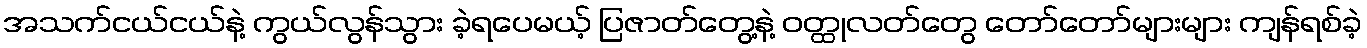
အသက်ငယ်ငယ်နဲ့ ကွယ်လွန်သွား ခဲ့ရပေမယ့် ပြဇာတ်တွေ့နဲ့ ဝတ္ထုလတ်တွေ တော်တော်များများ ကျန်ရစ်ခဲ့